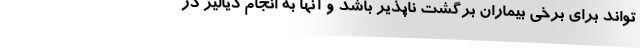
تواند برای برخی بیماران برگشت ناپذیر باشد و آنها به انجام دیالیز در